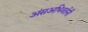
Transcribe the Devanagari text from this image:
अंसअभिवर्तनी